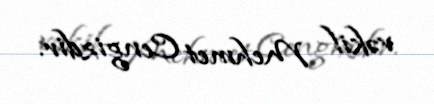
vəkil Mehmet Cengizdir.